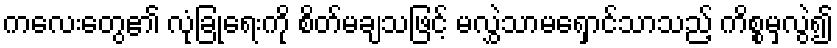
ကလေးတွေ၏ လုံခြုံရေးကို စိတ်မချသဖြင့် မလွှဲသာမရှောင်သာသည့် ကိစ္စမှလွဲ၍